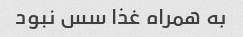
به همراه غذا سس نبود